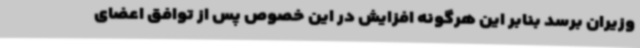
وزیران برسد بنابر این هرگونه افزایش در این خصوص پس از توافق اعضای